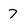
Character: 7